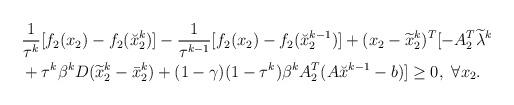
LaTeX: \begin{align*}\begin{aligned}&\frac{1}{\tau^k}[f_2(x_2)-f_2(\breve{x}_2^{k})]-\frac{1}{\tau^{k-1}}[f_2(x_2)-f_2(\breve{x}_2^{k-1})]+(x_2-\widetilde{x}_2^{k})^T[-A_2^T\widetilde{\lambda}^k\\&+\tau^k\beta^kD(\widetilde{x}_2^{k}-\bar{x}_2^k)+(1-\gamma)(1-\tau^k)\beta^kA_2^T(A\breve{x}^{k-1}-b)]\geq 0,~\forall x_2.\end{aligned}\end{align*}